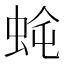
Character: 𮔈